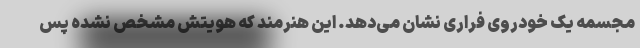
مجسمه یک خودروی فراری نشان می‌دهد. این هنرمند که هویتش مشخص نشده پس